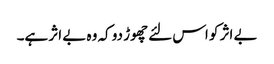
بے اثر کو اس لئے چھوڑ دو کہ وہ بے اثر ہے۔